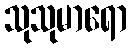
သုသုမာရော